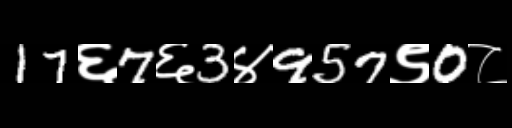
Text: 17६7६3४957९0८